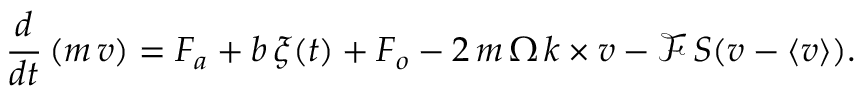
\frac { d } { d t } \left( m \, \boldsymbol { v } \right) = \boldsymbol { F _ { a } } + b \, \boldsymbol { \xi } ( t ) + \boldsymbol { F _ { o } } - 2 \, m \, \Omega \, \boldsymbol { k } \times \boldsymbol { v } - \mathcal { F } \, \boldsymbol { S } ( \boldsymbol { v } - \boldsymbol { \left< v \right> } ) .